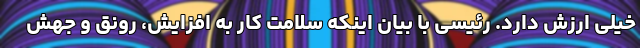
خیلی ارزش دارد. رئیسی با بیان اینکه سلامت کار به افزایش، رونق و جهش